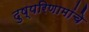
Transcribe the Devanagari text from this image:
दुष्परिणामांचे